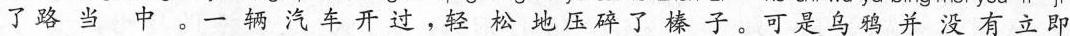
了路当中。一辆汽车开过，轻松地压碎了榛子。可是乌鸦并没有立即